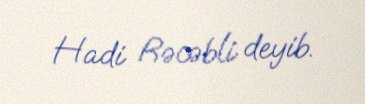
Hadi Rəcəbli deyib.